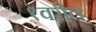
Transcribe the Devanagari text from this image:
१वरील